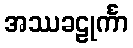
အဿခဠုင်္ကာ